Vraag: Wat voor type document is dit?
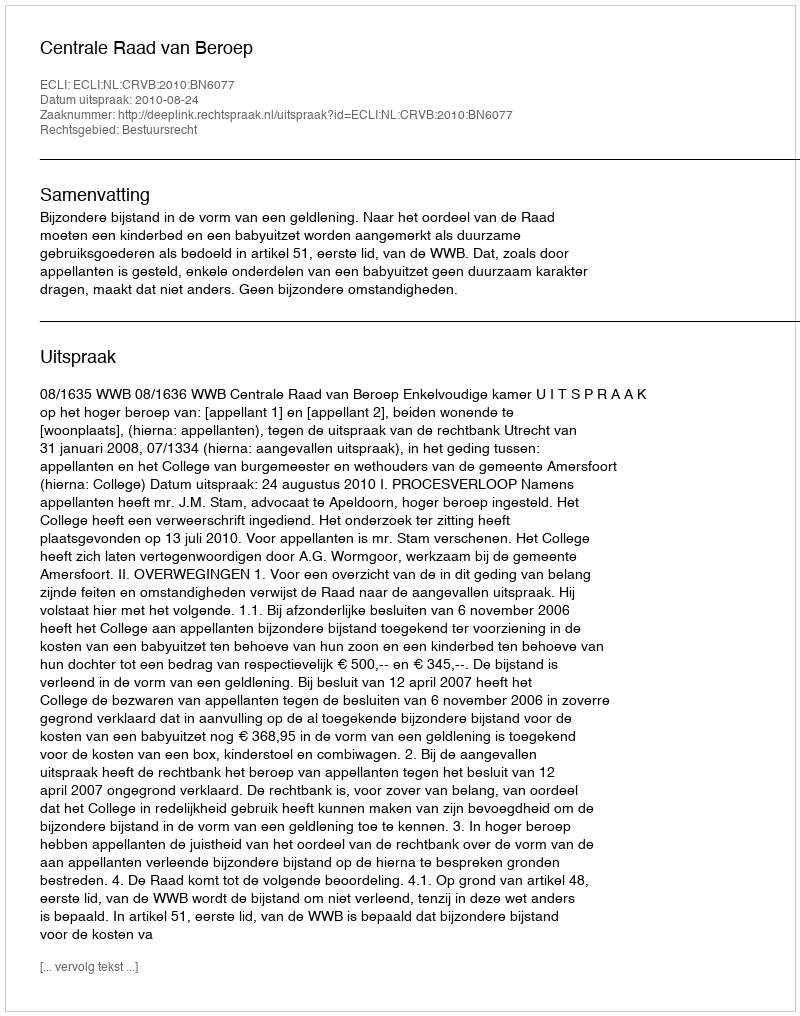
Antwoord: Uitspraak